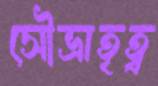
সৌভ্রাতৃত্ব